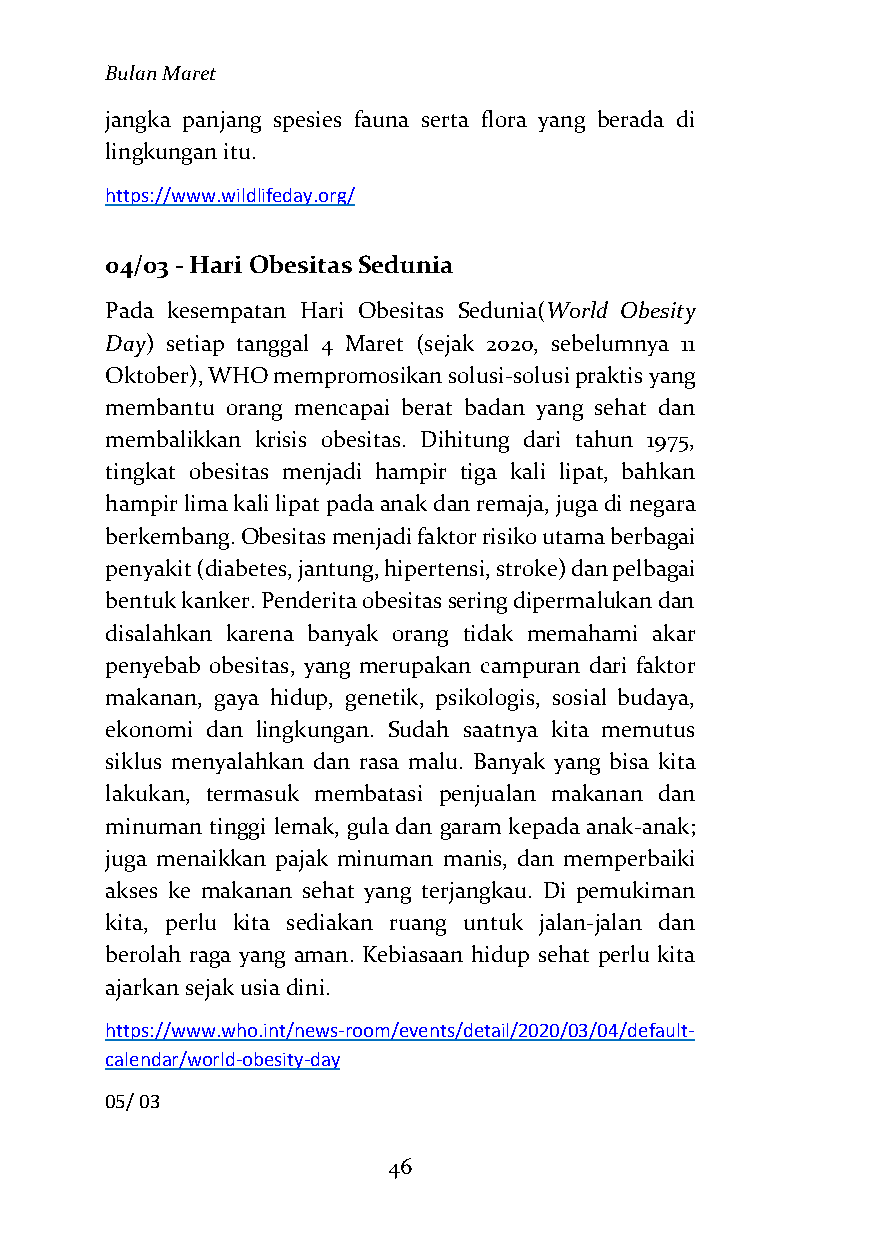
Bulan Maret
 jangka panjang spesies fauna serta flora yang berada di
 lingkungan itu.
 https://www.wildlifeday.org/
 04/03 - Hari Obesitas Sedunia
 Pada kesempatan Hari Obesitas Sedunia(World Obesity
 Day) setiap tanggal 4 Maret (sejak 2020, sebelumnya 11
 Oktober), WHO mempromosikan solusi-solusi praktis yang
 membantu orang mencapai berat badan yang sehat dan
 membalikkan krisis obesitas. Dihitung dari tahun 1975,
 tingkat obesitas menjadi hampir tiga kali lipat, bahkan
 hampir lima kali lipat pada anak dan remaja, juga di negara
 berkembang. Obesitas menjadi faktor risiko utama berbagai
 penyakit (diabetes, jantung, hipertensi, stroke) dan pelbagai
 bentuk kanker. Penderita obesitas sering dipermalukan dan
 disalahkan karena banyak orang tidak memahami akar
 penyebab obesitas, yang merupakan campuran dari faktor
 makanan, gaya hidup, genetik, psikologis, sosial budaya,
 ekonomi dan lingkungan. Sudah saatnya kita memutus
 siklus menyalahkan dan rasa malu. Banyak yang bisa kita
 lakukan, termasuk membatasi penjualan makanan dan
 minuman tinggi lemak, gula dan garam kepada anak-anak;
 juga menaikkan pajak minuman manis, dan memperbaiki
 akses ke makanan sehat yang terjangkau. Di pemukiman
 kita, perlu kita sediakan ruang untuk jalan-jalan dan
 berolah raga yang aman. Kebiasaan hidup sehat perlu kita
 ajarkan sejak usia dini.
 https://www.who.int/news-room/events/detail/2020/03/04/default-
 calendar/world-obesity-day
 05/ 03
 46